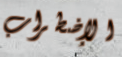
الإضطراب